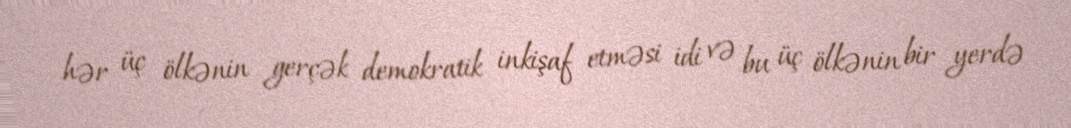
hər üç ölkənin gerçək demokratik inkişaf etməsi idi və bu üç ölkənin bir yerdə